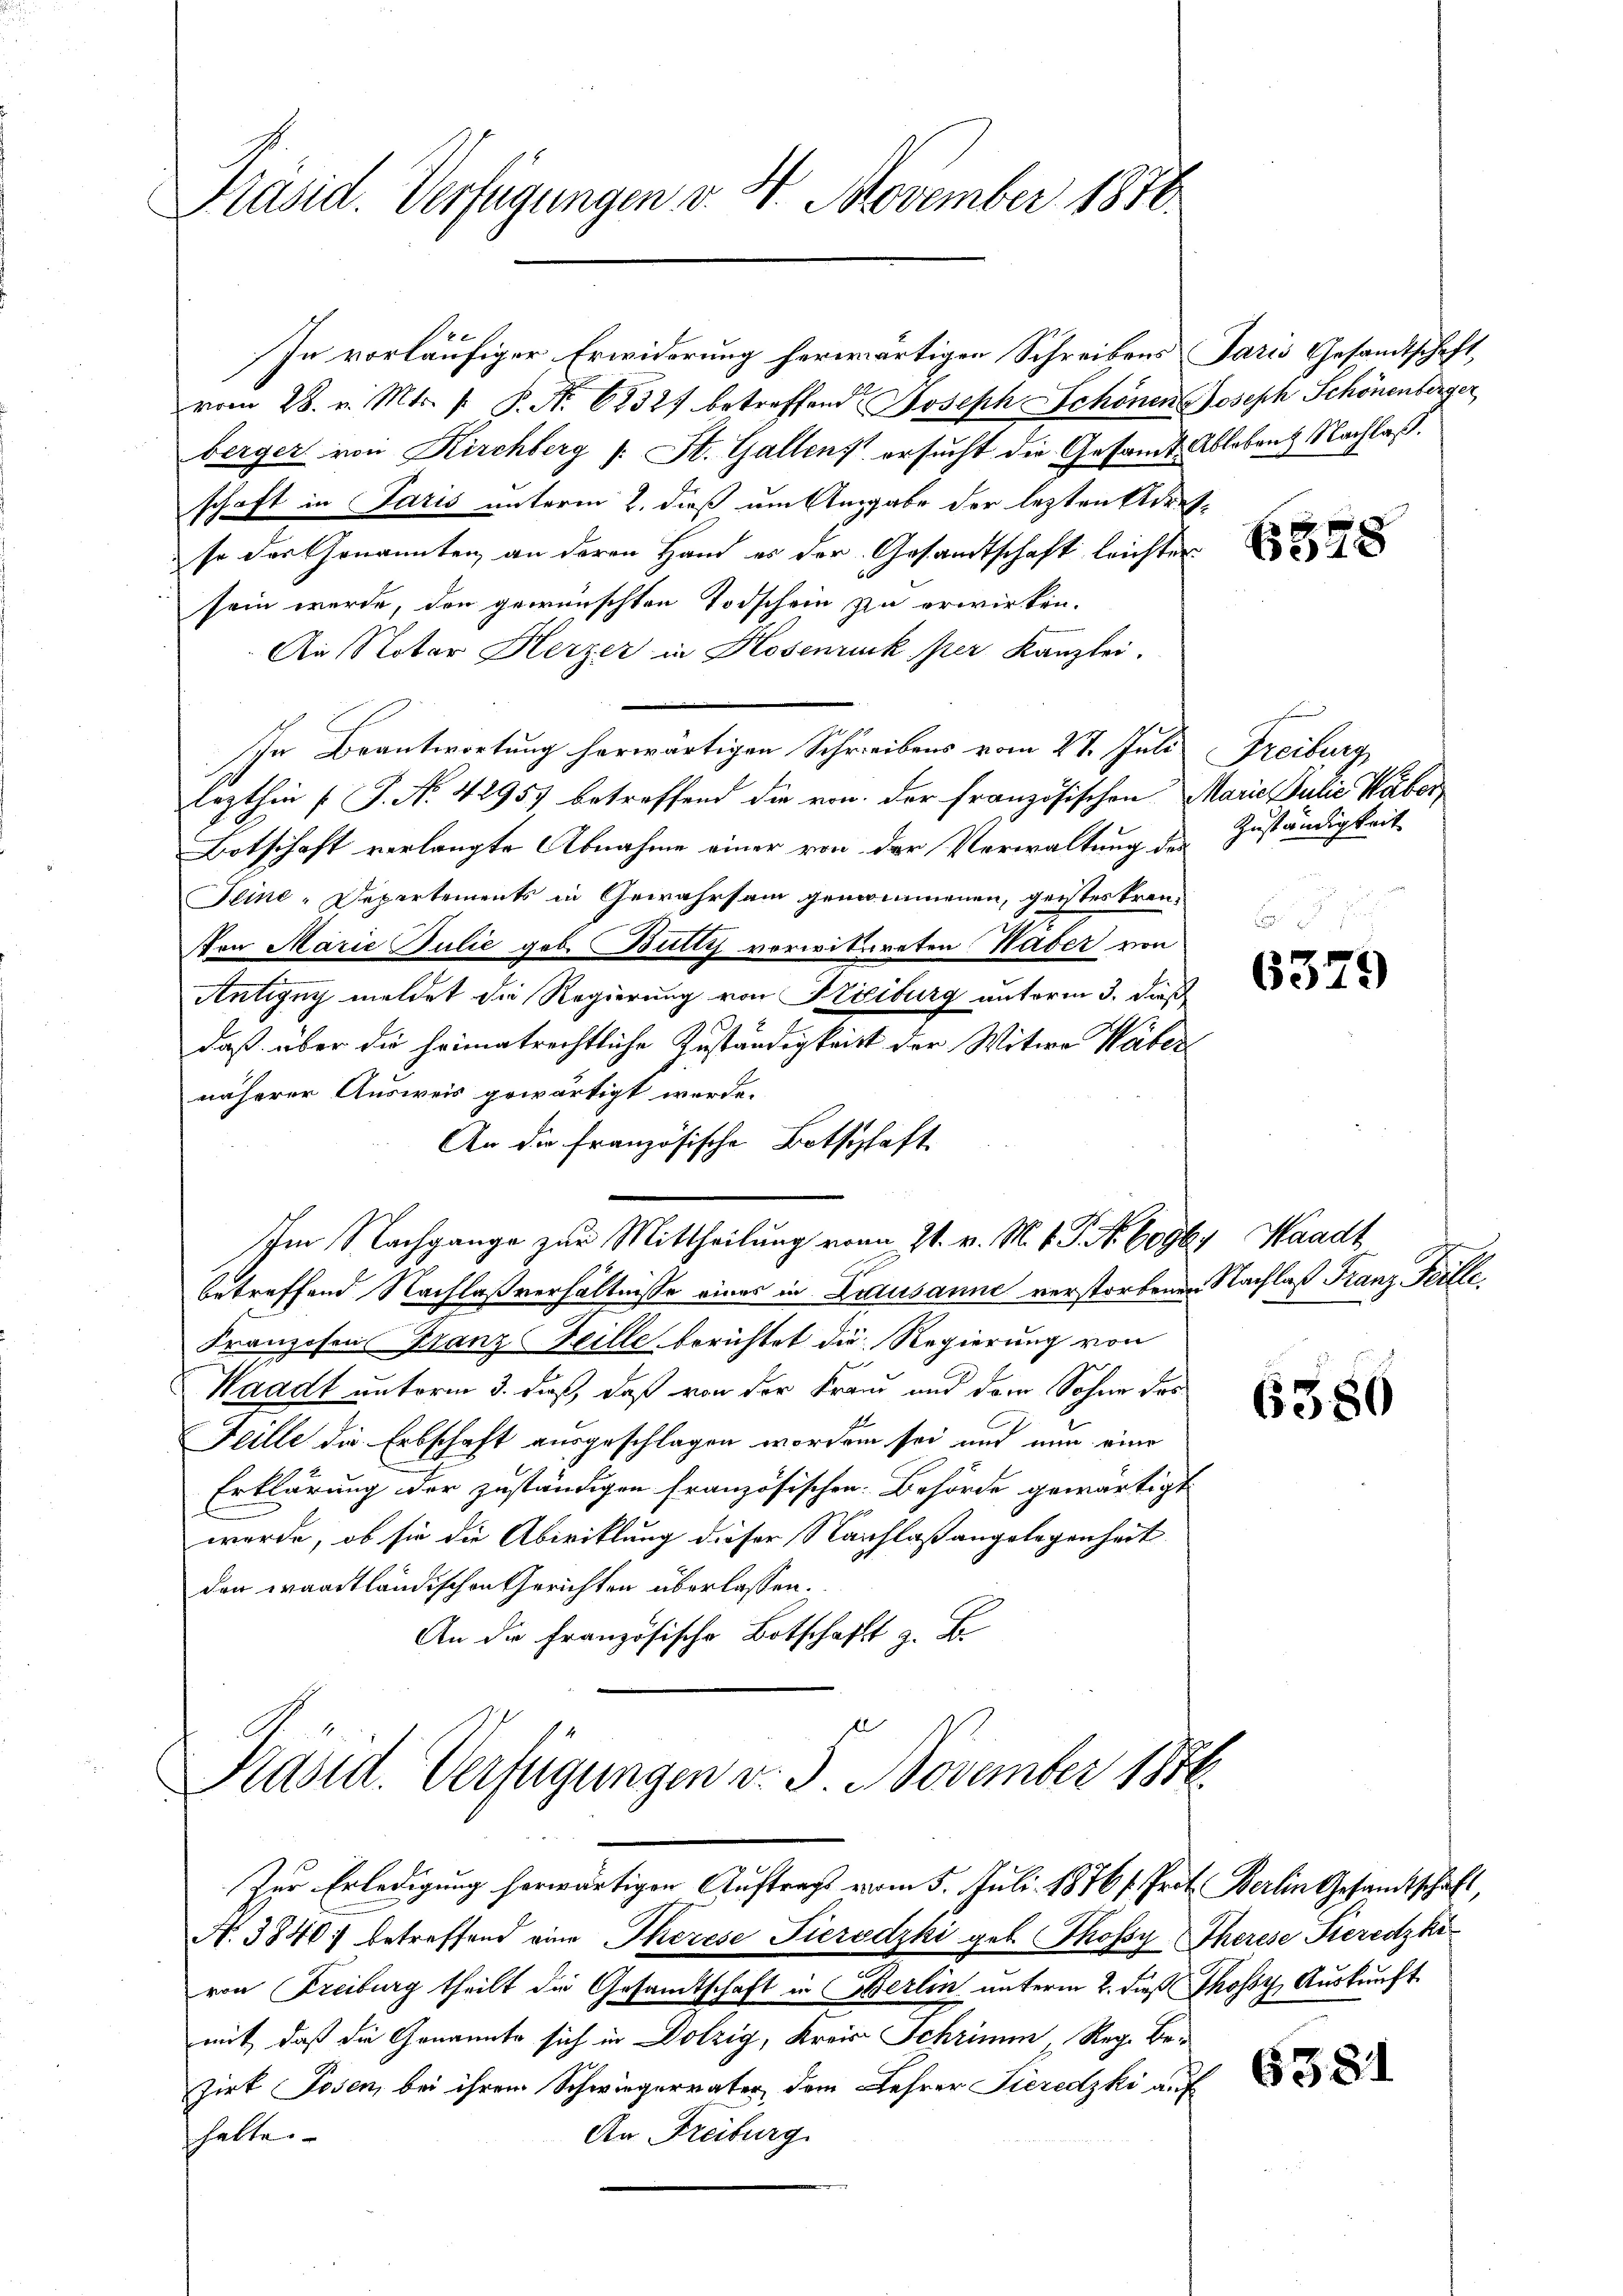
Präsid. Verfügungen v. 4. November 1810.

In vorläufiger Erwiderung herwärtigen Schreibens Paris Gesandtschaft
vom 28. v. Mts. f. P. Nr. 62327 betreffend Joseph Schönen Joseph Schönenberger
berger von Kirchberg (: St. Gallen ersucht die Gesandt Ableben & Nachlaß.
schaft in Paris unterm 2. dieß um Angabe der letzten Adersso der Genannten an deren Hand es der Gesandtschaft leichter
sein werde, den gewünschten Todschein zu erwirken.
An Notar Herzer in Hosenruck per Kanzlei.
ihn Beantwortung herwärtigen Schreibens vom 27. Juli Freiburg
lezthin (T. N. 42957 betreffend die von der französischen Marie Julie Haber
Botschaft verlangte Abnahme einer von der Verwaltung des
Feine-Departements in Gewahrsam genommenen, geistes Kreu¬
Von Marie Julie geb. Bütty vorwitweten Waber von
Antigny meldet die Regierung von Freiburg unterm 3. dieß
daß über die heimatrechtliche Zuständigkeit der Witwe Wäber
näherer Ausweis gewärtigt werde.
An die französische Botschaft
Im Nachgange zur Mittheilung von 21. v. M. v. P. Nr. 60964 Waadt
betreffend Nachlaßverhältnisse eines in Lidusanne verstorbenen Nachlaß Franz Feille.
Franzosen Franz Heille berichtet die Regierung von
Waadt unterm 3. daß, daß von der Franz und dem Sohne des
Feille die Erbschaft ausgeschlagen worden sei und nun eine
Erklärung der zuständigen französischen Behörde gewärtigt
werde, ob sie die Abwicklung dieser Nachlaßangelegenheit.
den waadtländischen Gerichten überlassen.
An die Französische Botschafft z. B.

Präsid. Verfügungen v. 5. November 1846.
Zur Erledigung herwärtigen Auftrags vom 5. Juli 1876 f. Prof. Berlin Gesandtschaft,

N. 3840 betreffend eine Therese Tieredzki geb. Thofsy Therese Tieredzki
von Freiburg theilt die Gesamtschaft in Berlin unterm 2. Fuß Thosy, Auskunft
mit, daß die Genannte sich in Dolzig, Kreis Schrimm, Reg. Bezirk Posen, bei ihrem Schwiegervater dem Lehrer Tieredzki auf
An Freiburg
hatte.

6578

F
Zuständigkeit

6379

6380

6381